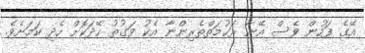
އޭގެ ފަހުން ވެސް އޭނާ ރަހުމަތްތެރިންނާ އެކު ވަގުތު ހޭދަކޮށް ހެދި ކަމަށެވެ.